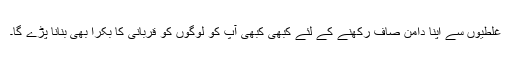
غلطیوں سے اپنا دامن صاف رکھنے کے لئے کبھی کبھی آپ کو لوگوں کو قربانی کا بکرا بھی بنانا پڑے گا۔